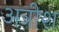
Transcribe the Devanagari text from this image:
अत्रीश